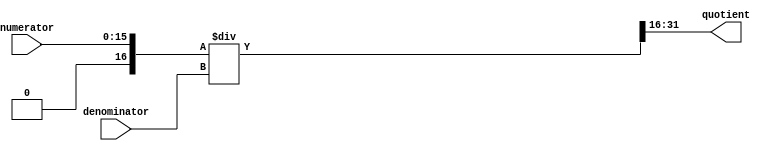
module fixed_point_divider (
    input signed [15:0] numerator,
    input signed [15:0] denominator,
    output reg signed [15:0] quotient
);

reg signed [31:0] numerator_extended;
reg signed [31:0] product;
reg signed [31:0] numerator_shifted;

always @ (numerator, denominator) begin
    numerator_extended = {16'b0, numerator};
    product = numerator_extended / denominator;
    quotient = product[31:16];
end

endmodule